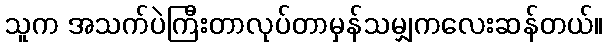
သူက အသက်ပဲကြီးတာလုပ်တာမှန်သမျှကလေးဆန်တယ်။